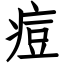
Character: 痘